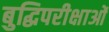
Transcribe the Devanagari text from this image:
बुद्धिपरीक्षाओं